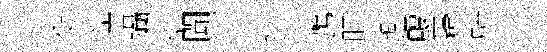
健徑躡倦聞汐憲隐鸚盱鑑颼巋壁